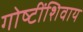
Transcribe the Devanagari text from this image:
गोष्‍टींशिवाय